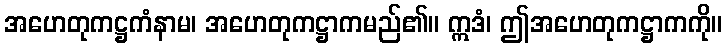
အဟေတုကဋ္ဌကံနာမ၊ အဟေတုကဋ္ဌာကမည်၏။ ဣဒံ၊ ဤအဟေတုကဋ္ဌာကကို။